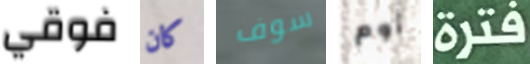
فوقي كان سوف أوم فترة